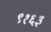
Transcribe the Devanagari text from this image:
९१६३